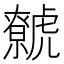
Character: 𧈏